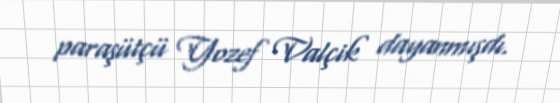
paraşütçü Yozef Valçik dayanmışdı.